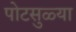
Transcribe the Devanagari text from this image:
पोटसुळ्या